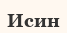
Исин